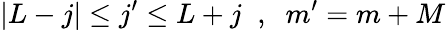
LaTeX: |L-j|\le j^{\prime}\le L+j\; \; ,\; \; m^{\prime}=m+M